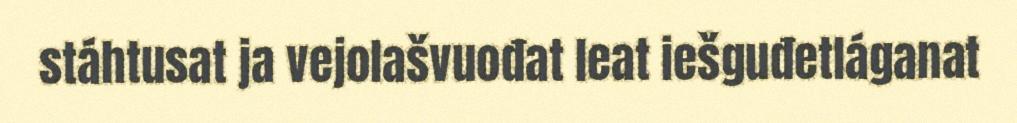
stáhtusat ja vejolašvuođat leat iešguđetláganat